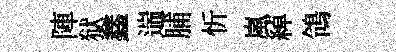
陣狱鑫遄脯忻嵐綽鴒